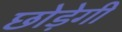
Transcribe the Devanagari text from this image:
छोड़ेगी